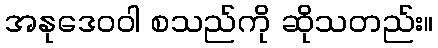
အနုဒေဝဝါ စသည်ကို ဆိုသတည်း။